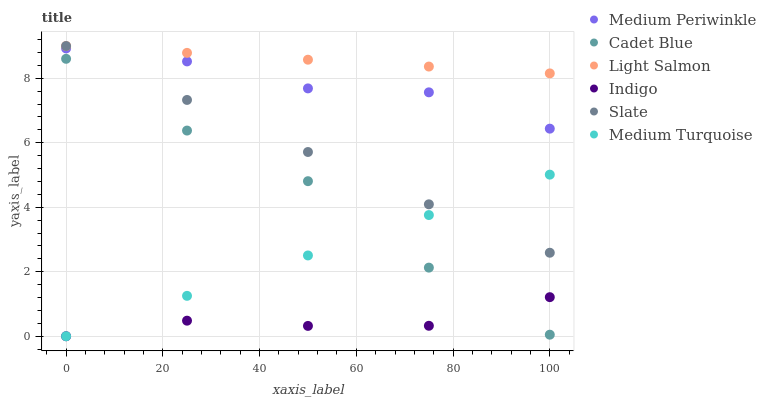
| xaxis_label | Medium Periwinkle | Cadet Blue | Light Salmon | Indigo | Slate | Medium Turquoise |
 | --- | --- | --- | --- | --- | --- | --- |
 | 0 | 8.92 | 8.6 | 9 | 0 | 9 | 0 |
 | 25 | 8.52 | 6.38 | 8.79 | 0.483 | 7.33 | 1.25 |
 | 50 | 7.69 | 4.81 | 8.58 | 0.321 | 5.71 | 2.51 |
 | 75 | 7.56 | 2.13 | 8.36 | 0.325 | 4.09 | 3.76 |
 | 100 | 6.44 | 0.0483 | 8.15 | 1.21 | 2.59 | 5.01 |